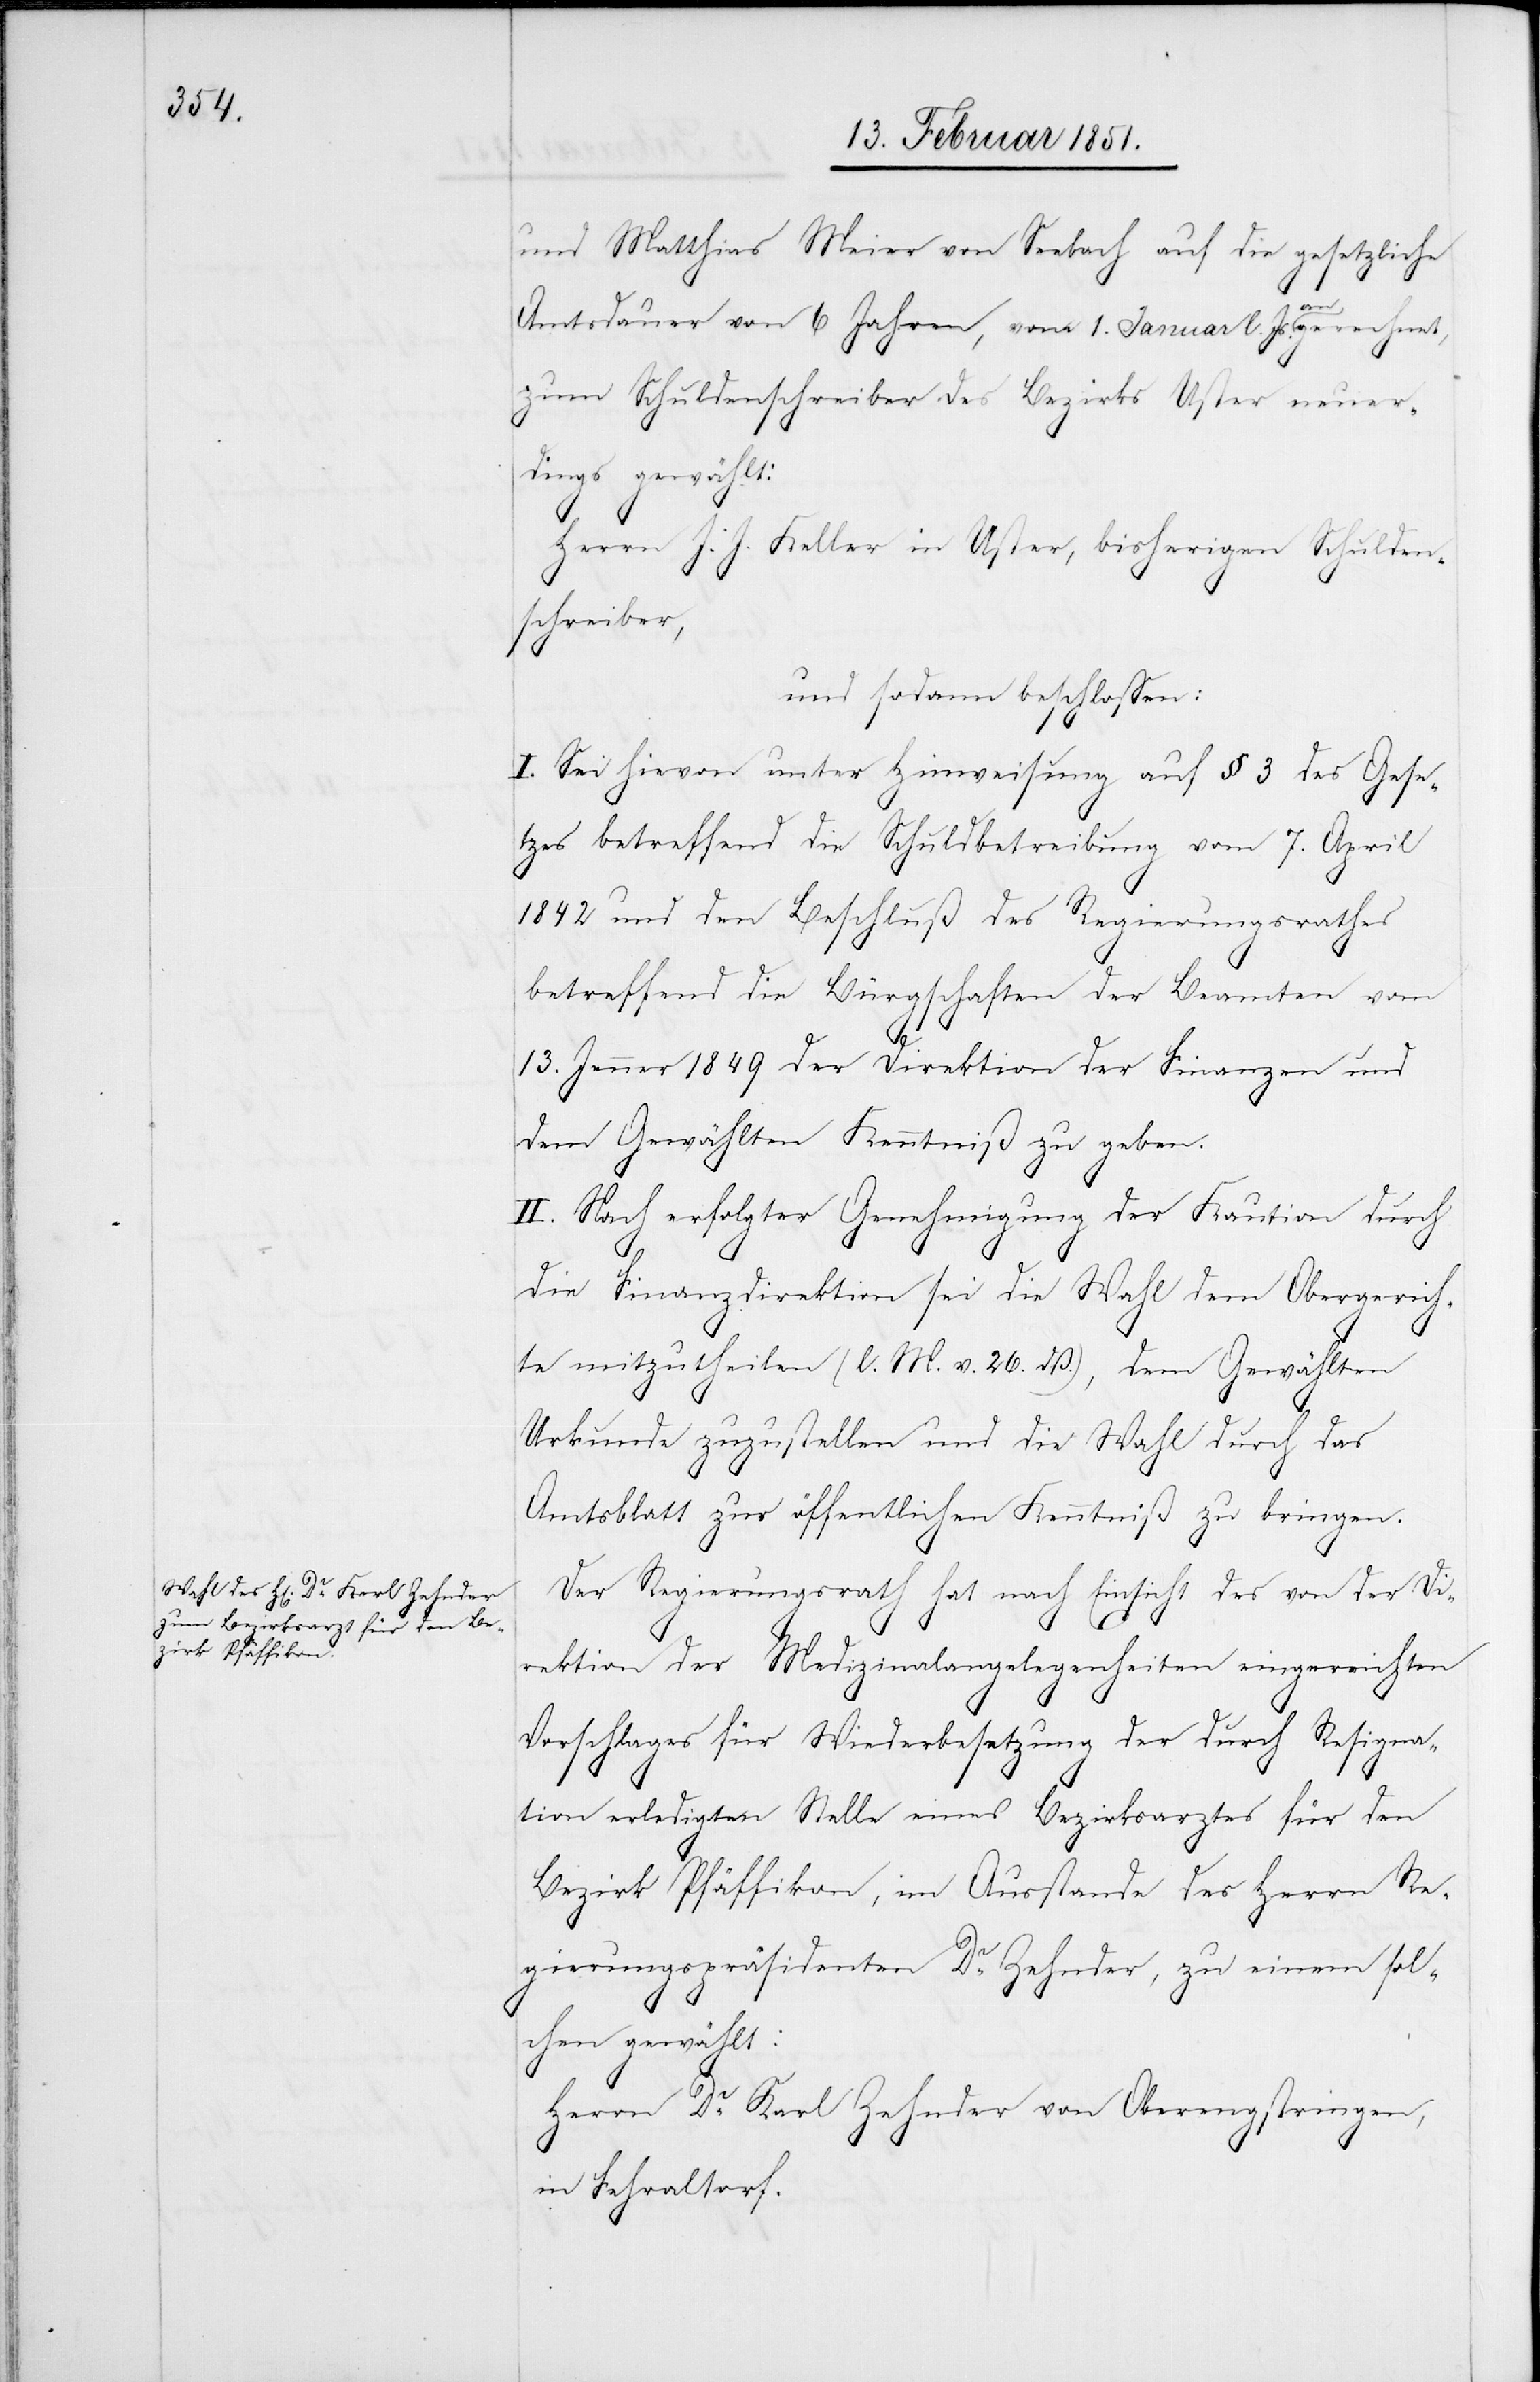
und Matthias Meier von Seebach auf die gesetzliche
Amtsdauer von 6 Jahren, vom 1. Januar l. Js. an gerechnet,
zum Schuldenschreiber des Bezirks Uster neuer¬
dings gewählt:
Herrn J. J. Keller in Uster, bisherigen Schulden¬
schreiber,
und sodann beschlossen:
I. Sei hievon unter Hinweisung auf § 3 des Gese¬
tzes betreffend die Schuldbetreibung vom 7. April
1842 und den Beschluß des Regierungsrathes
betreffend die Bürgschaften der Beamten vom
13. Jenner 1849 der Direktion der Finanzen und
dem Gewählten Kenntniß zu geben.
II. Nach erfolgter Genehmigung der Kaution durch
die Finanzdirektion sei die Wahl dem Obergerich¬
te mitzutheilen (l. M. v. 26. dß.), dem Gewählten
Urkunde zuzustellen und die Wahl durch das
Amtsblatt zur öffentlichen Kenntniß zu bringen.
Der Regierungsrath hat nach Einsicht des von der Di¬
rektion der Medizinalangelegenheiten eingereichten
Vorschlages für Wiederbesetzung der durch Resigna¬
tion erledigten Stelle eines Bezirksarztes für den
Bezirk Pfäffikon, im Ausstande des Herrn Re¬
gierungspräsidenten Dr. Zehnder, zu einem sol¬
chen gewählt:
Herrn Dr. Karl Zehnder von Oberengstringen,
in Fehraltorf.